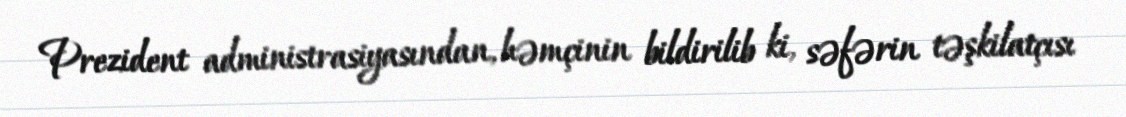
Prezident administrasiyasından, həmçinin bildirilib ki, səfərin təşkilatçısı